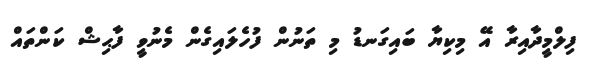
ފިލްމީދާއިރާ އޭ މިކިޔާ ބައިގަނޑު މި ތަނުން ފުހެލައިގެން މެނުވީ ފާޙިޝް ކަންތައް